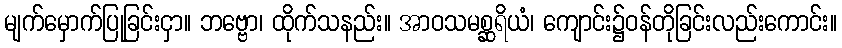
မျက်မှောက်ပြုခြင်းငှာ။ ဘဗ္ဗော၊ ထိုက်သနည်း။ အာဝသမစ္ဆရိယံ၊ ကျောင်း၌ဝန်တိုခြင်းလည်းကောင်း။